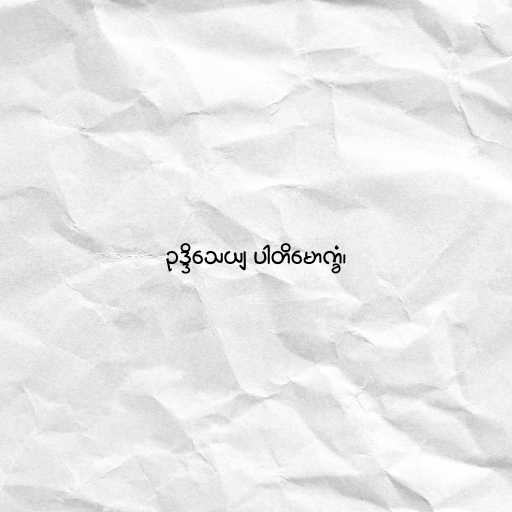
ဥဒ္ဒိသေယျ ပါတိမောက္ခံ၊